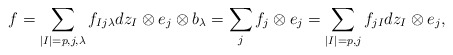
\begin{align*} f=\sum_{|I|=p,j,\lambda} f_{Ij\lambda}dz_I\otimes e_j\otimes b_\lambda=\sum_j f_j\otimes e_j=\sum_{|I|=p,j}f_{jI}dz_I\otimes e_j, \end{align*}